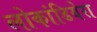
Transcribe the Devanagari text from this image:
लोकांडियेरा